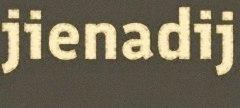
jienadij